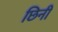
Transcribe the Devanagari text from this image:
छिनी